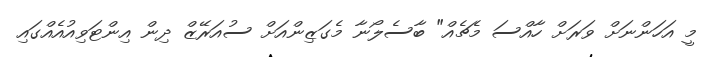
މީ އަހަންނަށް ވަރަށް ހާއްސަ މެޗެއް" ބާސެލޯނާ މެގަޒިންއަށް ސުއަރޭޒް ދިން އިންޓަވިއުއެއްގައި